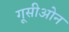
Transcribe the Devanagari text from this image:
गूसीओन